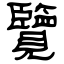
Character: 覽